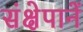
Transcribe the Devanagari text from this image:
संक्षेपानें